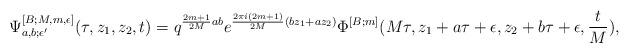
LaTeX: \begin{align*}\Psi^{[B;M,m,\epsilon]}_{a,b;\epsilon^\prime}(\tau,z_1,z_2,t)=q^{\frac{2m+1}{2M}ab} e^{\frac{2\pi i(2m+1)}{2M}(bz_1+az_2)} \Phi^{[B;m]}(M\tau,z_1+a\tau+\epsilon,z_2+b\tau+\epsilon,\frac{t}{M}),\end{align*}